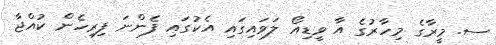
ސ. މީރާގެ މިހާރުގެ އާ ވީޑިއޯ ލަވައިގައި އެކުގައި ފެންނަ ފިރިހެން ކުއްޖާ